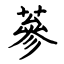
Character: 蔘